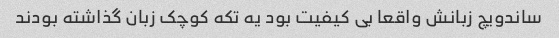
ساندویچ زبانش واقعا بی کیفیت بود یه تکه کوچک زبان گذاشته بودند